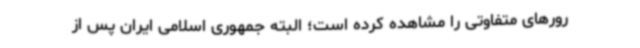
رورهای متفاوتی را مشاهده کرده است؛ البته جمهوری اسلامی ایران پس از